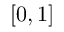
[ 0 , 1 ]